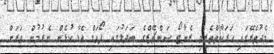
މެދުތެރޭގައި ހަރަކާތްތެރިވި ރެނާޓޯ ސަންޗޭޒްގެ ބަދަލުގައި ފޯވަޑް އެޑާ ކުޅެން ނެރުމުން ވަރަށް